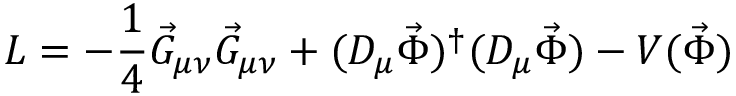
{ \cal L } = - \frac { 1 } { 4 } \vec { G } _ { \mu \nu } \vec { G } _ { \mu \nu } + ( D _ { \mu } \vec { \Phi } ) ^ { \dagger } ( D _ { \mu } \vec { \Phi } ) - V ( \vec { \Phi } )